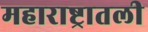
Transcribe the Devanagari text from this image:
महाराष्ट्रातली